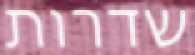
שדרות